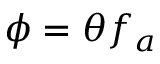
\phi = \theta f _ { a }